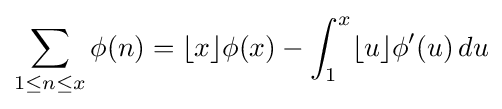
\sum _{1\leq n\leq x}\phi (n)=\lfloor x\rfloor \phi (x)-\int _{1}^{x}\lfloor u\rfloor \phi '(u)\,du